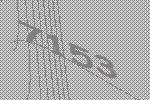
7153